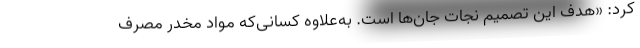
کرد: «هدف این تصمیم نجات جان‌ها است. به‌علاوه کسانی‌که مواد مخدر مصرف